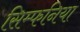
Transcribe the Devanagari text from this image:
सिम्फनिया